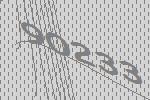
90233